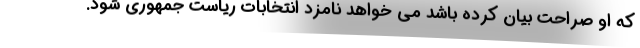
که او صراحت بیان کرده باشد می خواهد نامزد انتخابات ریاست جمهوری شود.